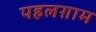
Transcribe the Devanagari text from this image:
पहलग़ाम